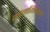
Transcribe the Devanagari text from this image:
मानयिष्यन्